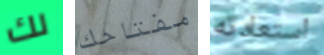
لك مفتاحك استعادته